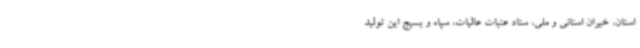
استان، خیران استانی و ملی، ستاد عتبات عالیات، سپاه و بسیج این تولید